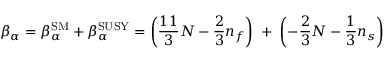
\beta _ { \alpha } = \beta _ { \alpha } ^ { \mathrm { S M } } + \beta _ { \alpha } ^ { \mathrm { S U S Y } } = \left( \frac { 1 1 } { 3 } N - \frac { 2 } { 3 } n _ { f } \right) \; + \; \left( - \frac { 2 } { 3 } N - \frac { 1 } { 3 } n _ { s } \right)